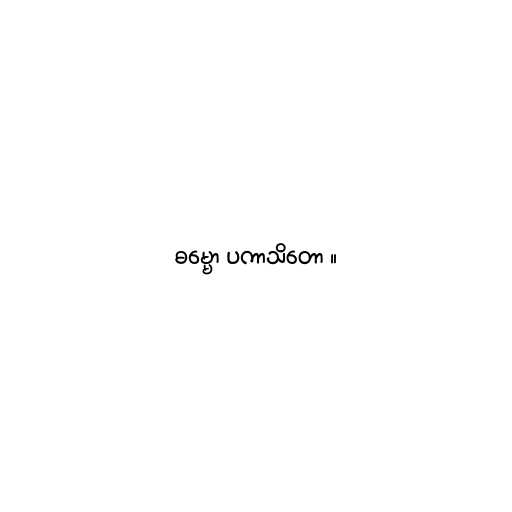
ဓမ္မော ပကာသိတော ။